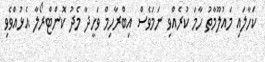
ކަހާލައި މައުލޫމާތު ހާމަ ކުރެއްވި ނަމަވެސް އިބްރާހިމް ވަހީދާ މެދު ކޮންޓްރޯލާ އެޅުއްވެވި